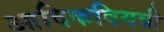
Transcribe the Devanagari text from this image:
आदिकवियत्री